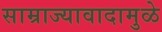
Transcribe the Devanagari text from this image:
साम्राज्यावादामुळे